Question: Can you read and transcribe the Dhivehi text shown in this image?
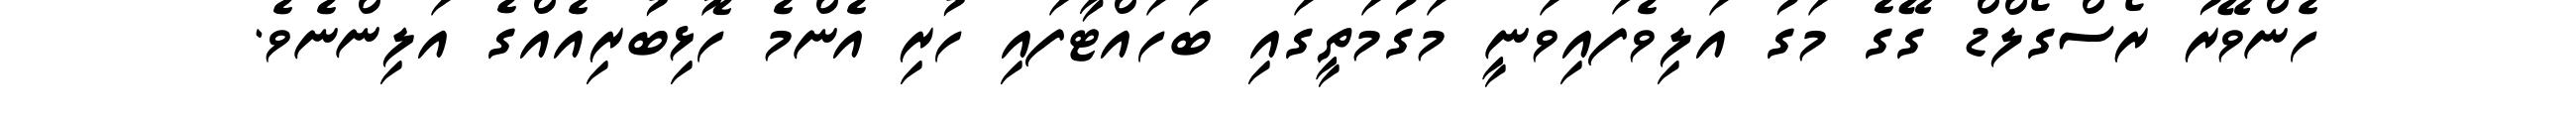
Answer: ހެންވޭރު ރޯސްގޯލްޑް ގޭގެ މަގު އަލިވެފައިވަނީ މަގުމަތީގައި ބަހައްޓާފައި ހުރި އެންމެ ހޮޅިބުރިއެއްގެ އަލިންނެވެ.